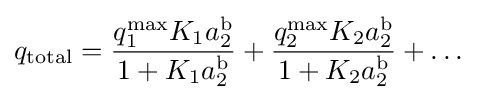
q_{\text{total}}={\frac {q_{1}^{\text{max}}K_{1}a_{2}^{\text{b}}}{1+K_{1}a_{2}^{\text{b}}}}+{\frac {q_{2}^{\text{max}}K_{2}a_{2}^{\text{b}}}{1+K_{2}a_{2}^{\text{b}}}}+\dots